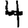
Digit: 4